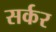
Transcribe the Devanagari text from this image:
सर्कर